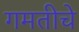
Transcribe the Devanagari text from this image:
गमतीचे